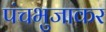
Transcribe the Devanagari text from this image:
पंचभुजाकर